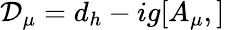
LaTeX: {\cal{D}}_{\mu}=d_{h}-ig[A_{\mu},]